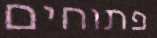
פתוחים